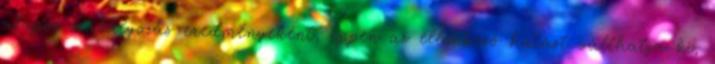
alapos szabályozás eredményeként, éppen az ellenkező hatást válthatja ki,